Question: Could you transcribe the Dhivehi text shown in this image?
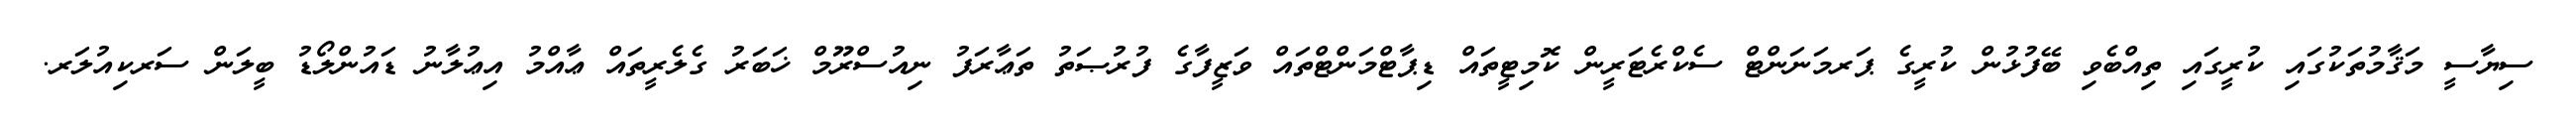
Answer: ސިޔާސީ މަޤާމުތަކުގައި ކުރީގައި ތިއްބެވި ބޭފުޅުން ކުރީގެ ޕަރމަނަންޓް ސެކްރެޓަރީން ކޮމިޓީތައް ޑިޕާޓްމަންޓްތައް ވަޒީފާގެ ފުރުޞަތު ތަޢާރަފު ނިއުސްރޫމް ޚަބަރު ގެލެރީތައް ޢާއްމު އިޢުލާނު ޑައުންލޯޑު ބީލަން ސަރކިއުލަރ.